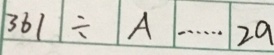
3 6 1 \div A \cdots 2 a